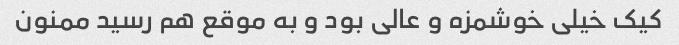
کیک خیلی خوشمزه و عالی بود و به موقع هم رسید ممنون